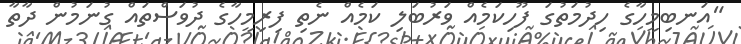
"އަނބިމީހާގެ ހިދުމަތުގަ ފޫހިކަމެއް ވަރުބަލި ކަމެއް ނެތި ފިރިމީހާގެ ދުވަސްތައް ގުނަމުން ދާތާ